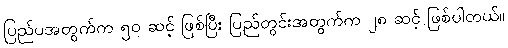
ပြည်ပအတွက်က ၅၀ ဆင့် ဖြစ်ပြီး ပြည်တွင်းအတွက်က ၂၈ ဆင့် ဖြစ်ပါတယ်။